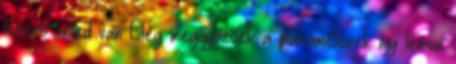
térerő veled van Elég meggyőzőek a paraméterek így leírva